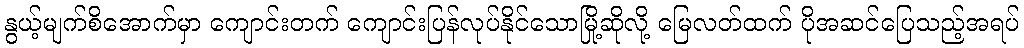
နွယ့်မျက်စိအောက်မှာ ကျောင်းတက် ကျောင်းပြန်လုပ်နိုင်သောမြို့ဆိုလို့ မြေလတ်ထက် ပိုအဆင်ပြေသည့်အရပ်